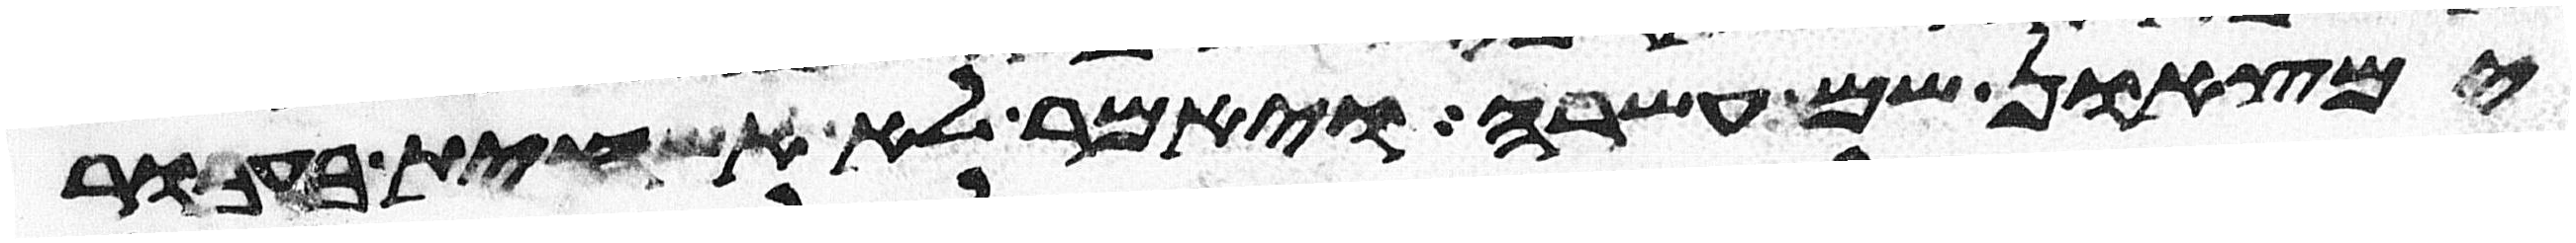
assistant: ימצאון שם עשרה ויאמר לא אשחית בעבור